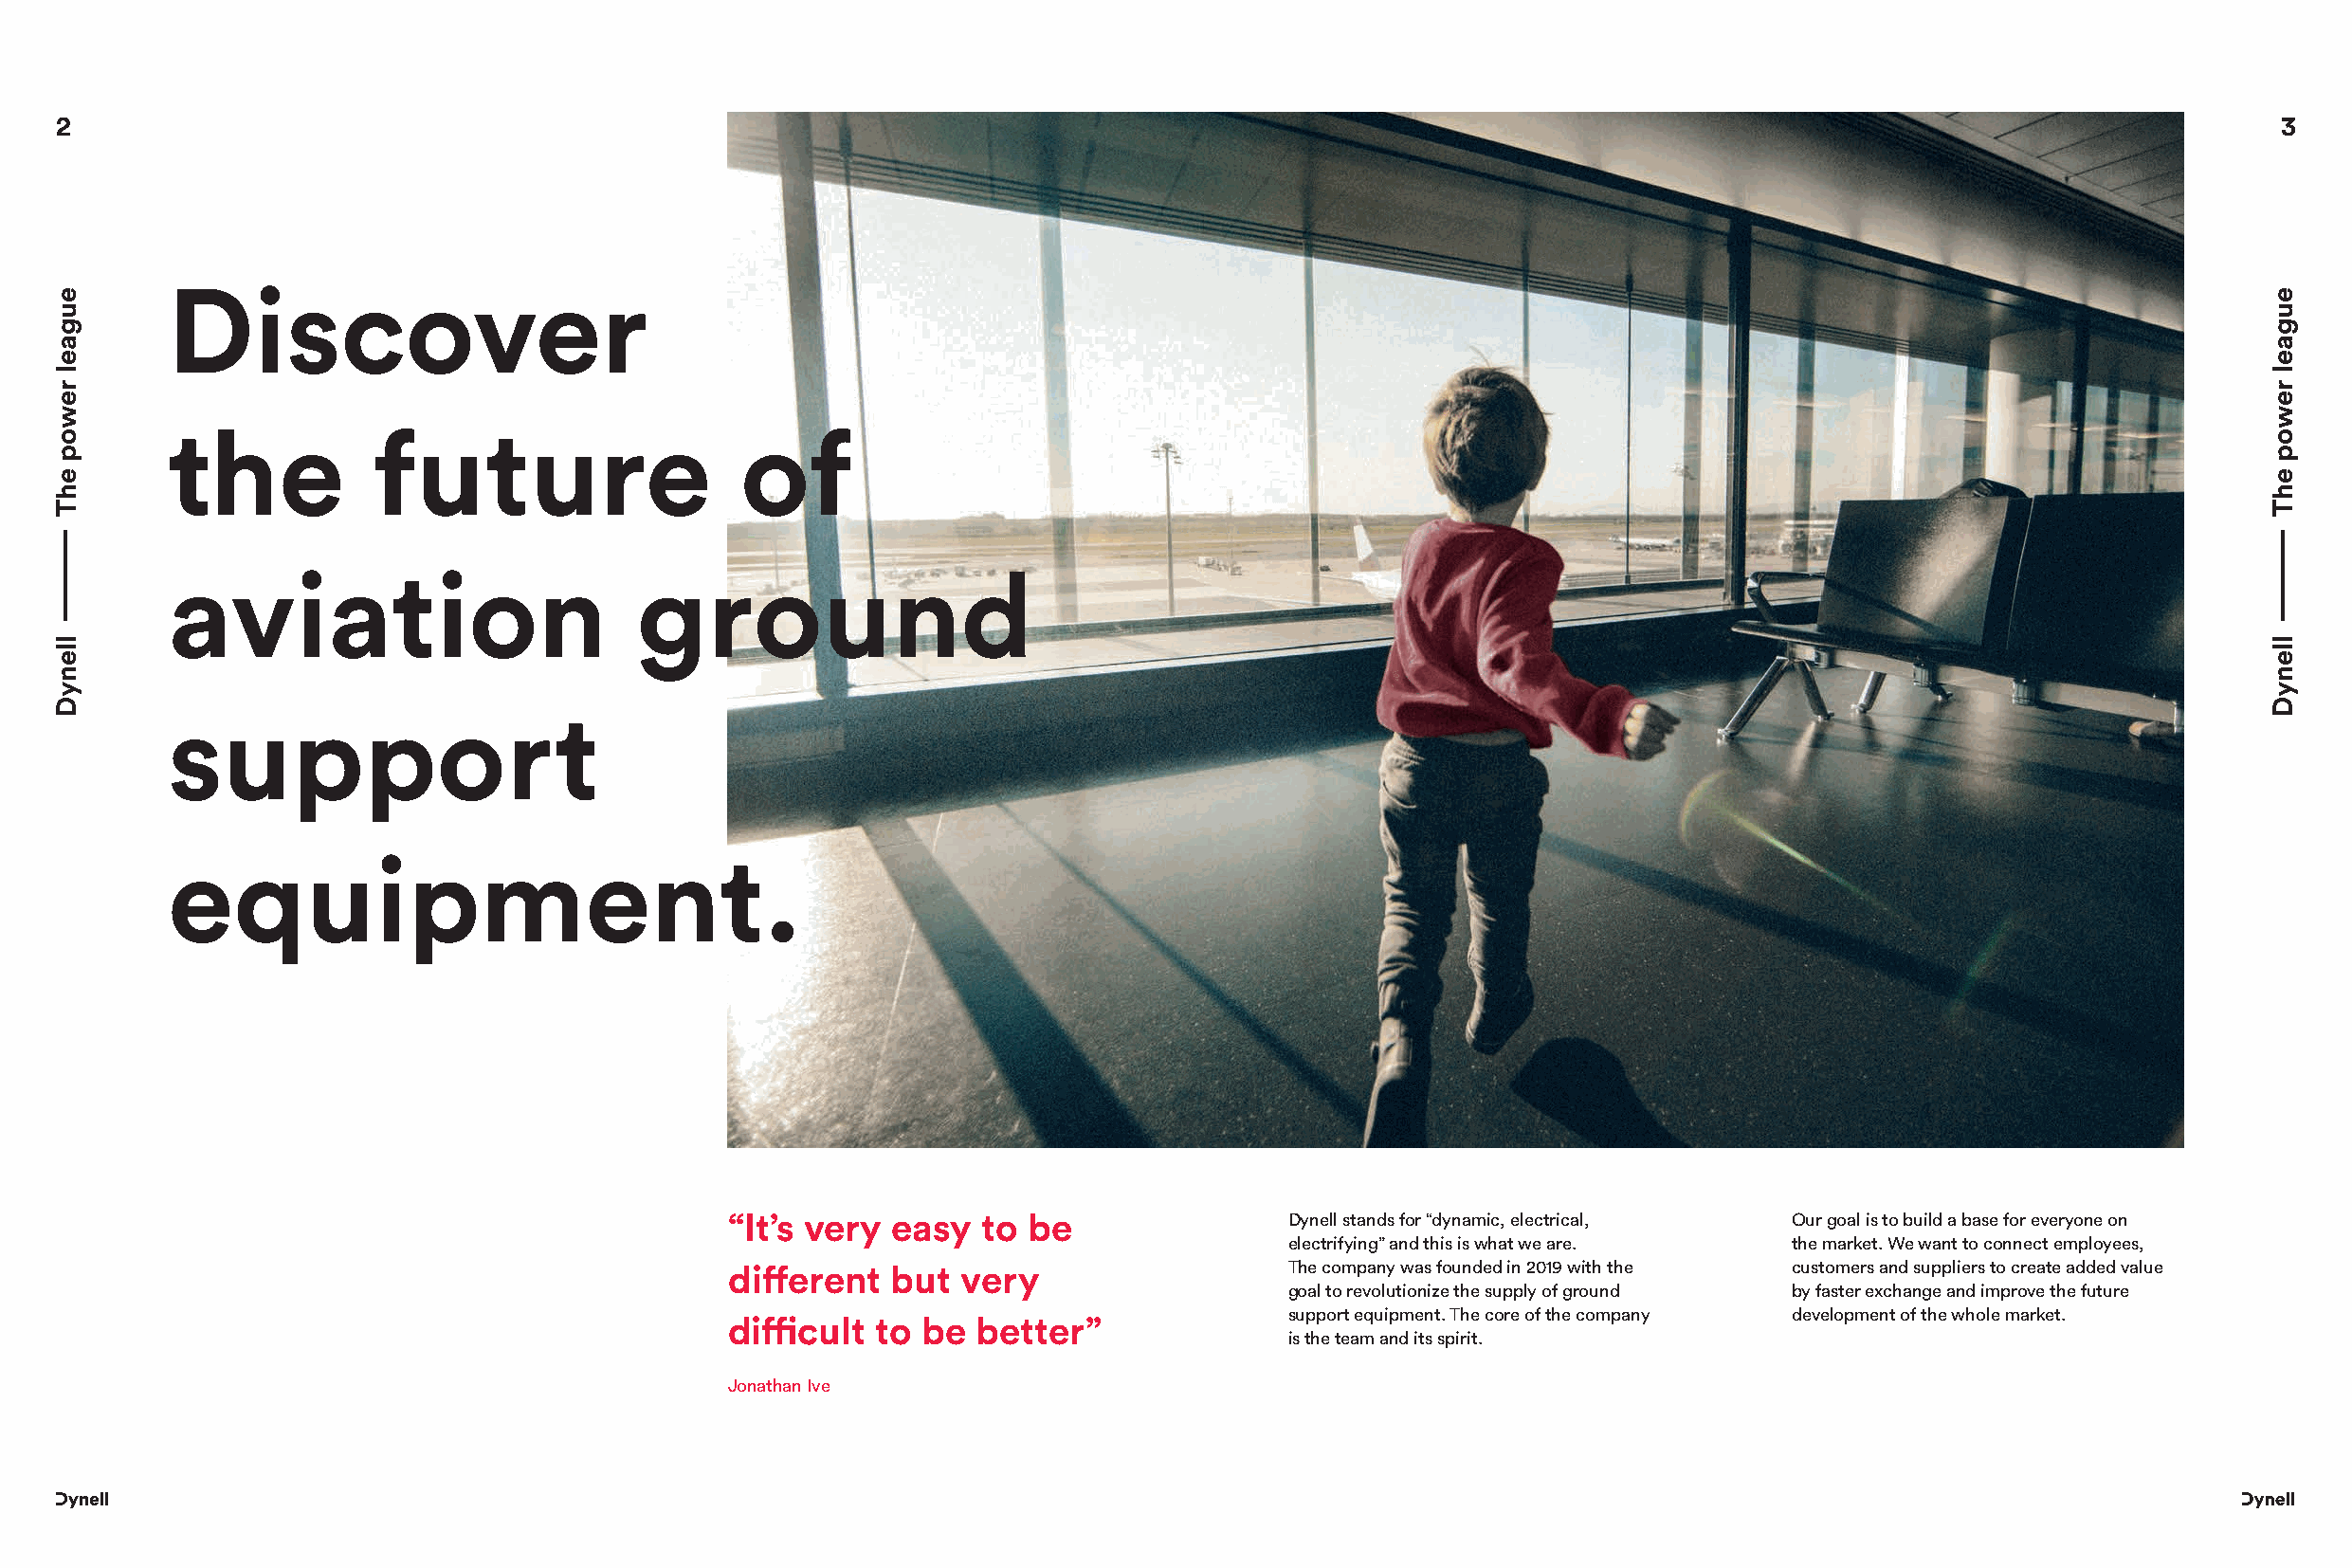
2                                                                                                                                                          3
 Discover
 the           future                    of
 aviation                        ground
 support
 equipment.
 “It’s very easy   to be                Dynell stands for “dynamic, electrical, Our goal is to build a base for everyone on
 electrifying” and this is what we are. the market. We want to connect employees,
 different  but  very                   The company was founded in 2019 with the customers and suppliers to create added value
 goal to revolutionize the supply of ground by faster exchange and improve the future
 support equipment. The core of the company development of the whole market.
 difficult to be  better”
 is the team and its spirit.
 Jonathan Ive
 eugael
 rewop
 ehT
 llenyD
 eugael
 rewop
 ehT
 llenyD